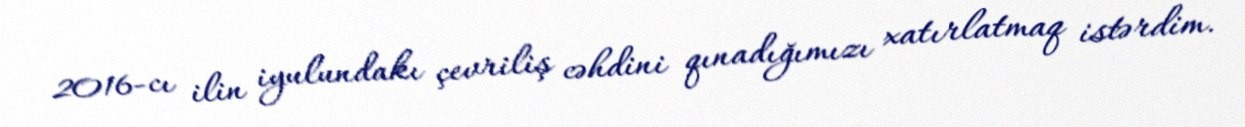
2016-cı ilin iyulundakı çevriliş cəhdini qınadığımızı xatırlatmaq istərdim.